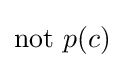
\mathrm {not} ~p(c)